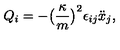
Q _ { i } = - \big ( \frac { \kappa } { m } \big ) ^ { 2 } \epsilon _ { i j } \ddot { x } _ { j } ,